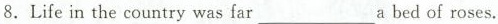
8. Life in the country was far___a bed of roses.